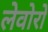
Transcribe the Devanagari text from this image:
लेवोरो